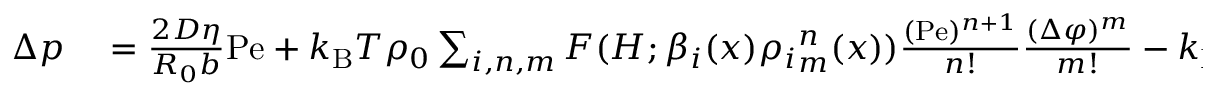
\begin{array} { r l } { \Delta p } & { { } = \frac { 2 D \eta } { R _ { 0 } b } \mathrm { P e } + k _ { \mathrm { B } } T \rho _ { 0 } \sum _ { i , n , m } F ( H ; \beta _ { i } ( x ) { \rho _ { i } } _ { m } ^ { n } ( x ) ) \frac { ( \mathrm { P e } ) ^ { n + 1 } } { n ! } \frac { ( \Delta \varphi ) ^ { m } } { m ! } - k _ { \mathrm { B } } T \rho _ { 0 } \sum _ { i , n , m } p _ { i } { J _ { i } } _ { m } ^ { n } \frac { ( \mathrm { P e } ) ^ { n } } { n ! } \frac { ( \Delta \varphi ) ^ { m } } { m ! } . } \end{array}